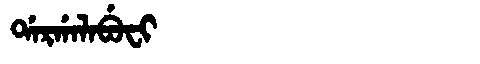
Manchu: ᡩᠠᡵᡤᠠᠯᠠᠪᡠᠸᡳ
Romanization: DARGALABUFI